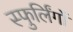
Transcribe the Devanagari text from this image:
स्फुर्लिंगों